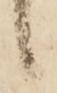
候